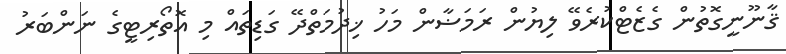
ޤާނޫނީގޮތުން ގެޒެޓްކުރެވޭ ލިޔުން ރަމަޟާން މަހު ޚިދުމަތްދޭ ގަޑިތައް މި އޮތޯރިޓީގެ ނަންބަރު